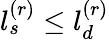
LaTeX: l_{s}^{(r)}\le l_{d}^{(r)}